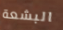
البشعة